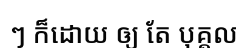
ៗ ក៏ដោយ ឲ្យ តែ បុគ្គល